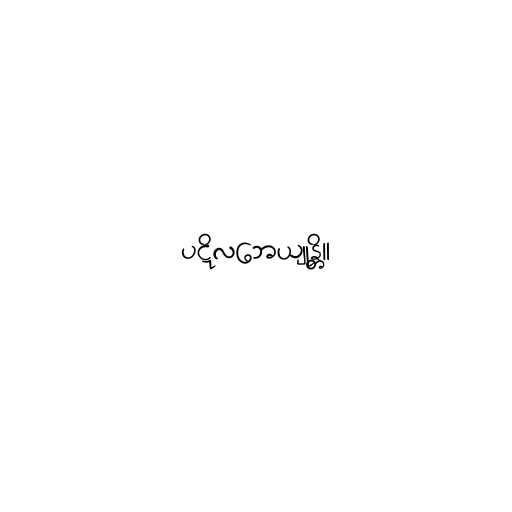
ပဋိလဘေယျုန္တိ။